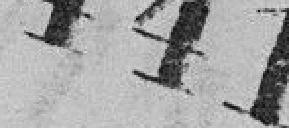
44